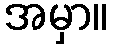
အမှာ။